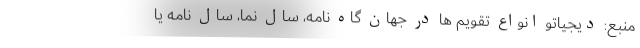
منبع: دیجیاتو انواع تقویم ها در جهان گاه نامه، سال نما، سال نامه یا